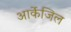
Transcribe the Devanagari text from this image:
आर्केजिल